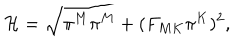
{ \cal H } = \sqrt { \pi ^ { M } \pi ^ { M } + ( F _ { M K } \pi ^ { K } ) ^ { 2 } } ,